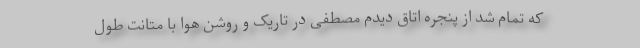
که تمام شد از پنجره اتاق دیدم مصطفی در تاریک و روشن هوا با متانت طول